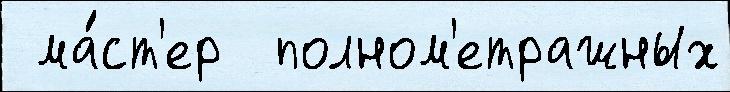
 ма́ст'ер  полном'етражных